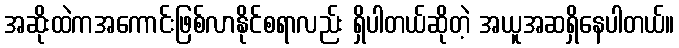
အဆိုးထဲကအကောင်းဖြစ်လာနိုင်စရာလည်း ရှိပါတယ်ဆိုတဲ့ အယူအဆရှိနေပါတယ်။